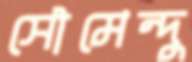
সৌমেন্দু